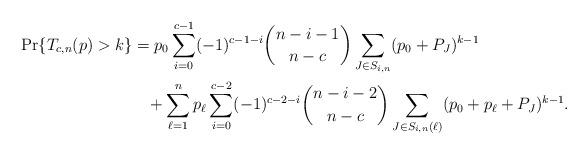
LaTeX: \begin{align*}\Pr\{T_{c,n}(p) > k\} & = p_0 \sum_{i=0}^{c-1} (-1)^{c-1-i} {n-i-1 \choose n-c}\sum_{J \in S_{i,n}} (p_0 + P_J)^{k-1} \\& \;\;\; + \sum_{\ell = 1}^n p_\ell \sum_{i=0}^{c-2} (-1)^{c-2-i} {n-i-2 \choose n-c}\sum_{J \in S_{i,n}(\ell)} (p_0 + p_\ell + P_J)^{k-1}. \end{align*}